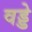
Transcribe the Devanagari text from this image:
वड्डे